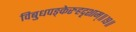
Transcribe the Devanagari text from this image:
विबुधपङ्केरुहदृशाम्॥१९॥